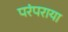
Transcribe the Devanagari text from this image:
परंपराया